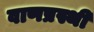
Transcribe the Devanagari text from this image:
वाणप्रस्थी